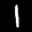
Label: 1